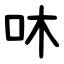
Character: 㕲